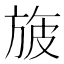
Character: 旇